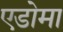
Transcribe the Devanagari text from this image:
एडोमा